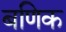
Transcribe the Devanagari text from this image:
बणिक